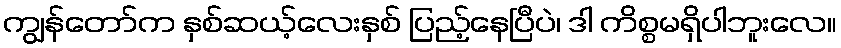
ကျွန်တော်က နှစ်ဆယ့်လေးနှစ် ပြည့်နေပြီပဲ၊ ဒါ ကိစ္စမရှိပါဘူးလေ။